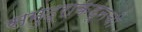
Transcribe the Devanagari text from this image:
समुद्राकडूनची